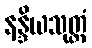
နန္ဒိယသုတ္တံ